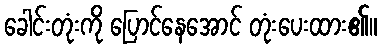
ခေါင်းတုံးကို ပြောင်နေအောင် တုံးပေးထား၏။